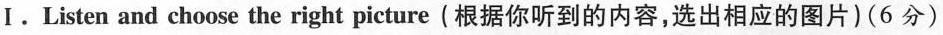
Ⅰ.Listen and choose the right picture(根据你听到的内容,选出相应的图片)(6 分)